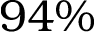
9 4 \%